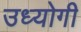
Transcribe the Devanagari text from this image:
उध्योगी